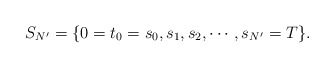
\begin{align*} S_{N'}=\{0=t_0=s_0,s_1,s_2,\cdots,s_{N'}=T\}.\end{align*}